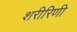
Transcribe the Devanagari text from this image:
शरीरिणी